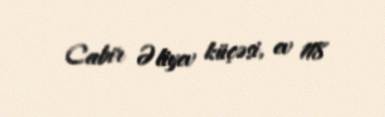
Cabir Əliyev küçəsi, ev 118